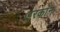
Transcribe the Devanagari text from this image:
इरकांन